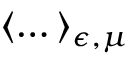
\langle \dots \rangle _ { \epsilon , \mu }